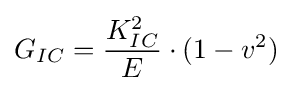
G_{IC}={\frac {K_{IC}^{2}}{E}}\cdot (1-v^{2})